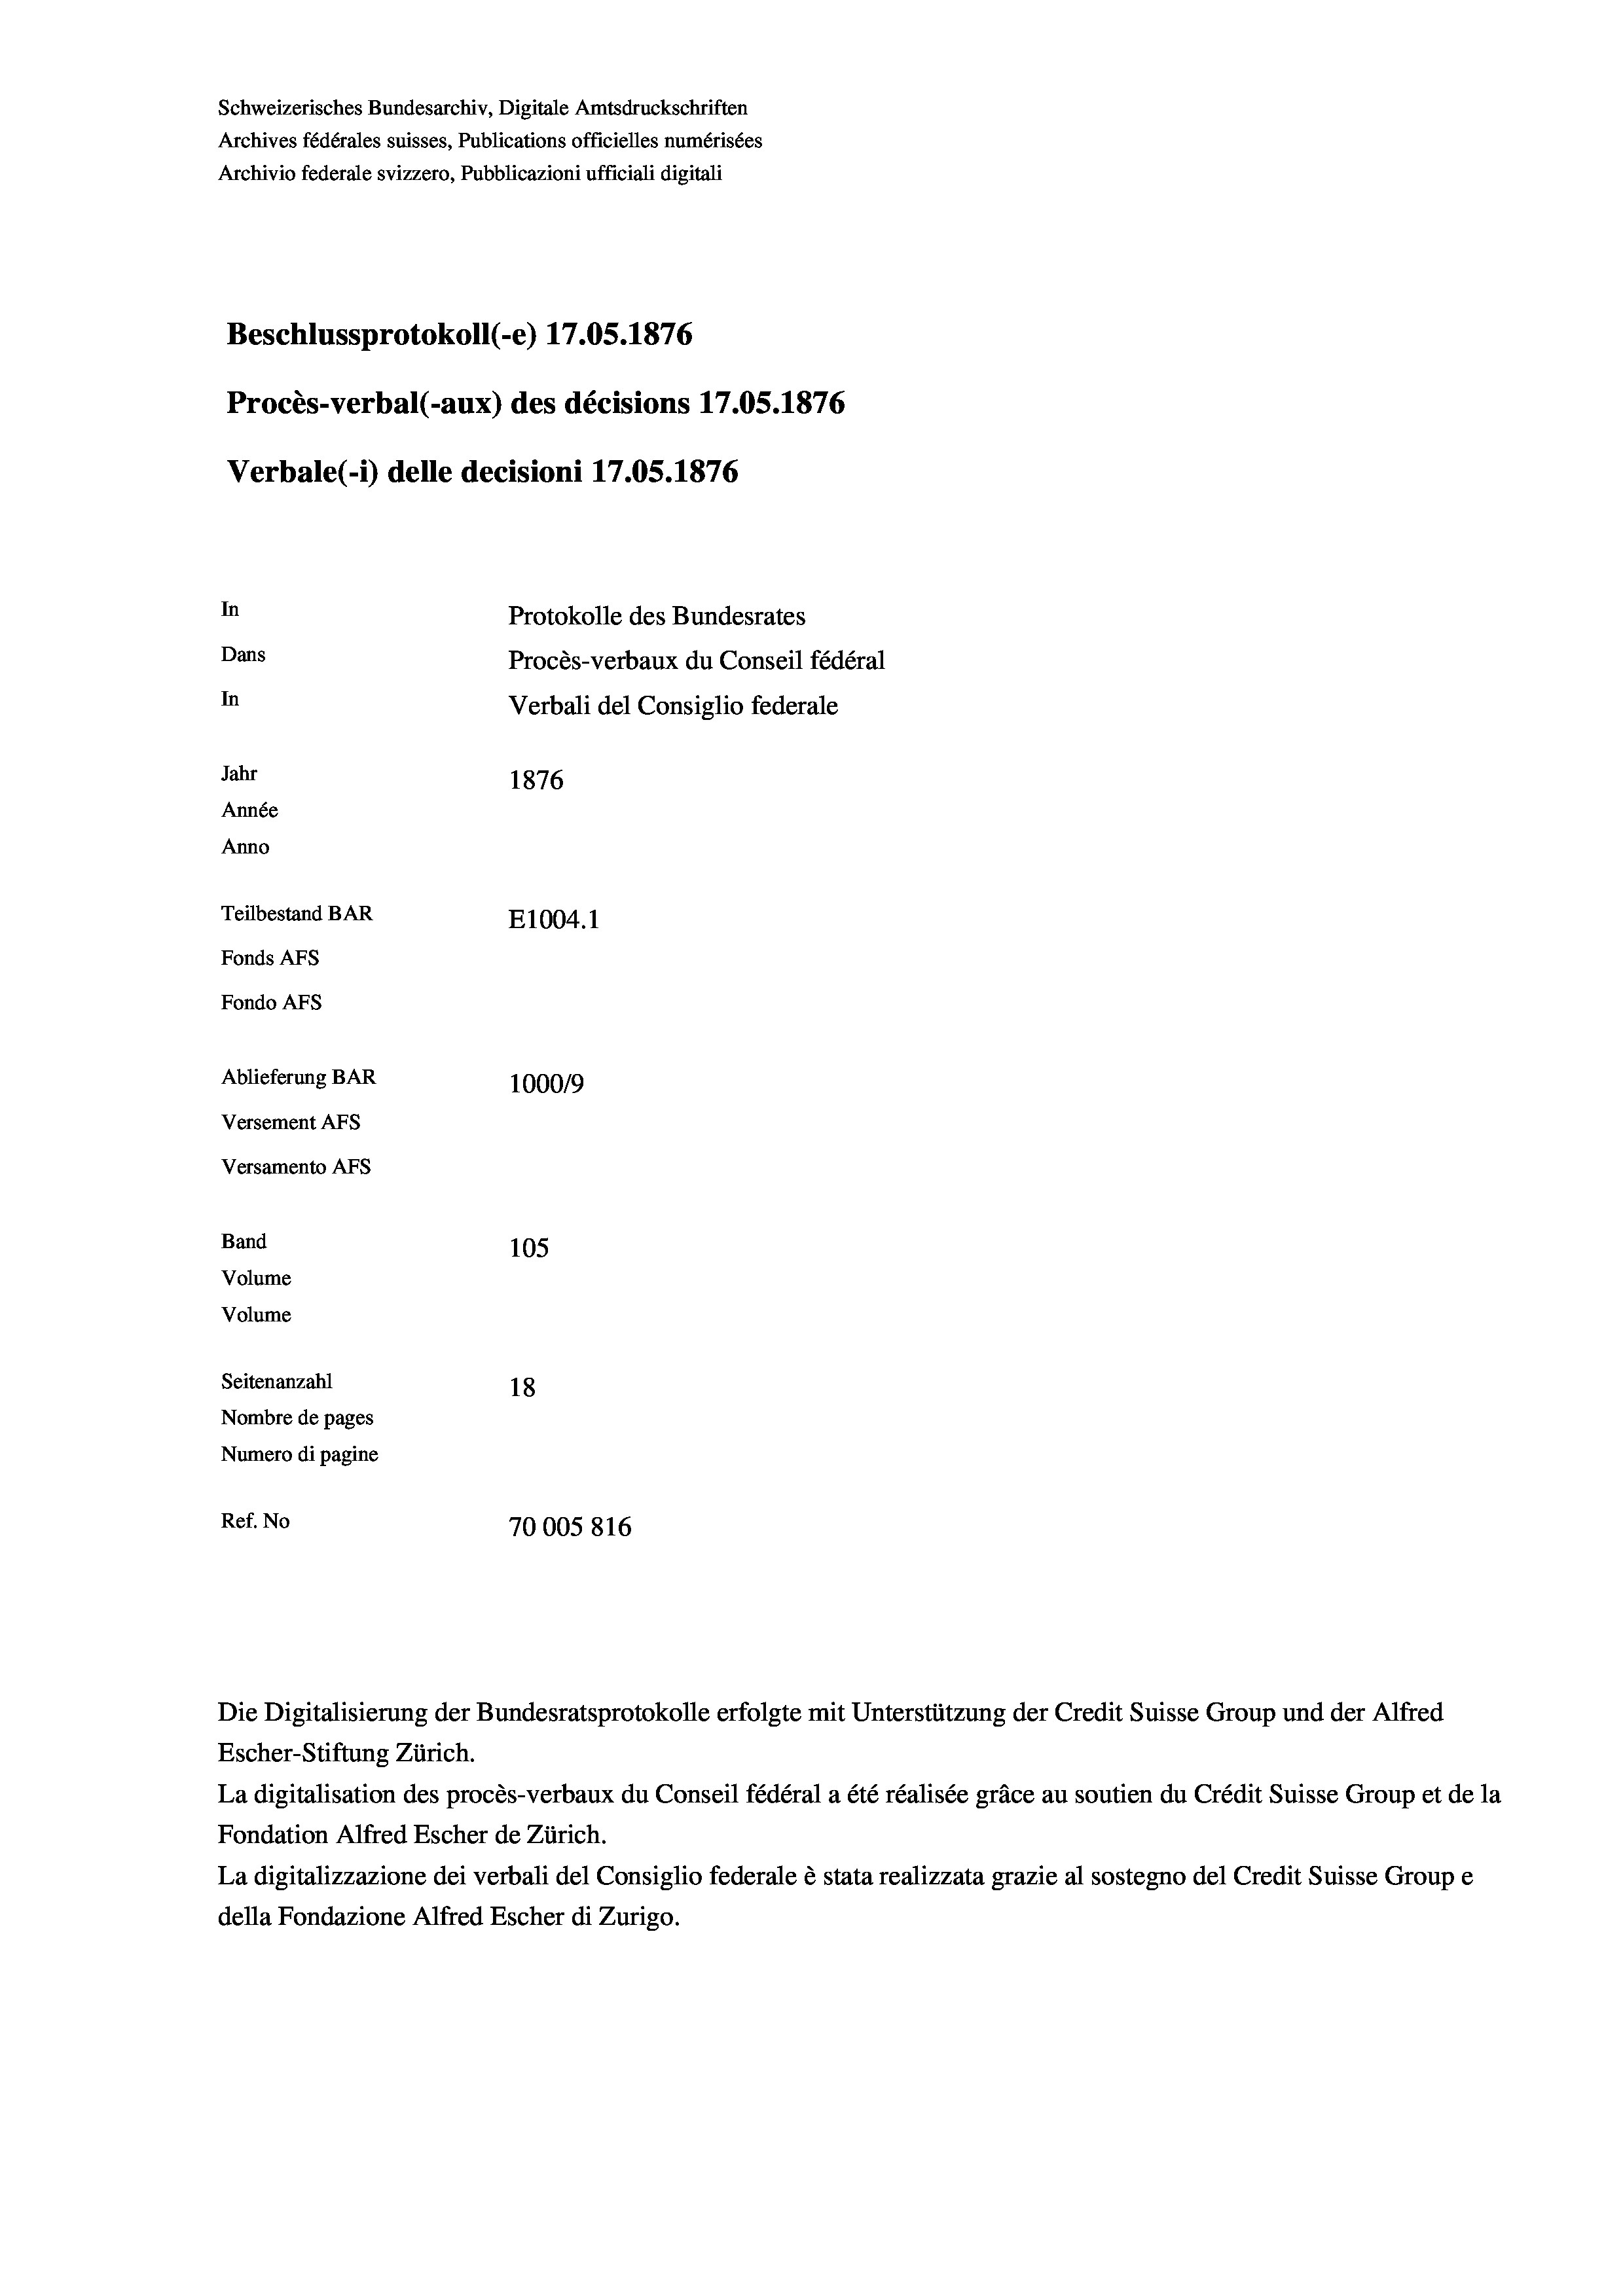
Schweizerisches Bundesarchiv, Digitale Amtsdruckschriften
Archives fédérales suisses, Publications officielles numérisées
Archivio federale svizzero, Pubblicazioni ufficiali digitali
Beschlussprotokoll (-e) 17.05. 1876
Procès-verbal (-aux) des décisions 17.05. 1876
Verbale(-*) delle decisioni 17.05. 1876
In
Protokolle des Bundesrates
Dans
Procès-verbaux du Conseil fédéral
In
Verbali del Consiglio federale
Jahr
1876
Année
Anno
Teilbestand BAR
E1004. 1
Fonds Afs
Fondo AFs
Ablieferung BAR
1000/9
Versement Abs
Versamento AFs
Band
105
Volume

Volume
Seitenanzahl
18
Nombre de pages
Numero di pagine
Ref. No
70005816

Die Digitalisierung der Bundesratsprotokolle erfolgte mit Unterstützung der Credit Suisse Group und der Alfred
Escher-Stiftung Zürich.
La digitalisation des procès-verbaux du Conseil fédéral a été réalisée gräce au soutien du Crédit Suisse Group et de la
Fondation Alfred Escher de Zürich.
La digitalizzazione dei verbali del Consiglio federale è stata realizzata grazie al sostegno del Credit Suisse Groupe
della Fondazione Alfred Escher di Zurigo.